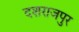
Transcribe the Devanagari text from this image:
दशराजपुर